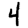
Digit: 4